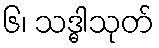
၆၊ သဒ္ဓါသုတ်